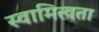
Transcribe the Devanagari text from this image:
स्वामित्वता